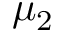
\mu _ { 2 }